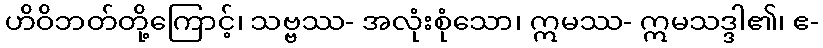
ဟိဝိဘတ်တို့ကြောင့်၊ သဗ္ဗဿ- အလုံးစုံသော၊ ဣမဿ- ဣမသဒ္ဒါ၏၊ ဧ-